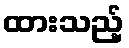
ထားသည့်